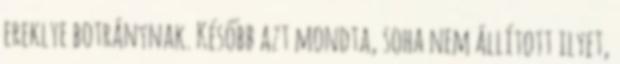
ereklye botránynak. Később azt mondta, soha nem állított ilyet,